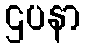
ဌပနာ